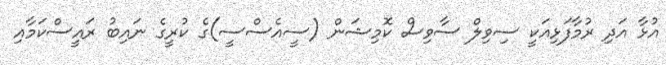
އުޅާ އަދި ރުމާފަޅިއަކީ ސިވިލް ސާވިސް ކޮމިޝަން (ސީއެސްސީ)ގެ ކުރީގެ ނައިބު ރައީސްކަމާއި